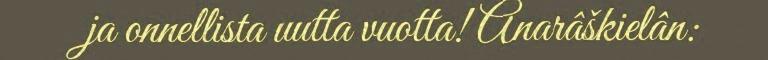
ja onnellista uutta vuotta! Anarâškielân: